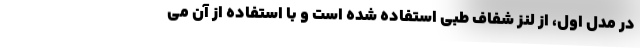
در مدل اول، از لنز شفاف طبی استفاده شده است و با استفاده از آن می